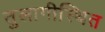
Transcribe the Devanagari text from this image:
तुलागीस्थित